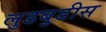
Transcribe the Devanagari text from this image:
लुडबुडीस